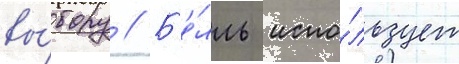
вы́бору // Б'е́лль испо́льзует